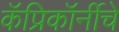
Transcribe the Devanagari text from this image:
कॅप्रिकॉर्नीचे